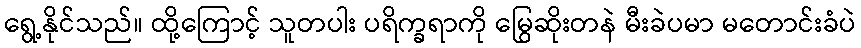
ရွေ့နိုင်သည်။ ထို့ကြောင့် သူတပါး ပရိက္ခရာကို မြွေဆိုးတနဲ မီးခဲပမာ မတောင်းခံပဲ